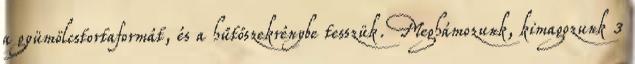
a gyümölcstortaformát, és a hűtőszekrénybe tesszük. Meghámozunk, kimagozunk 3